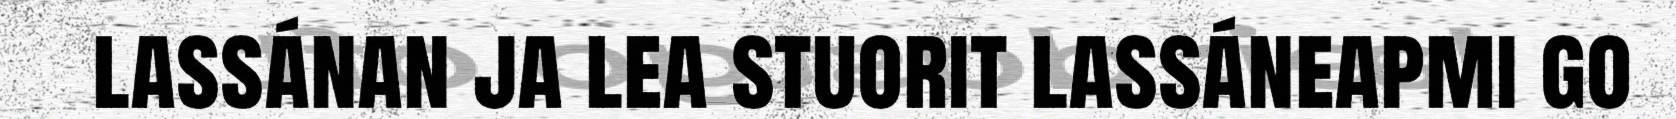
lassánan ja lea stuorit lassáneapmi go